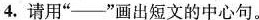
4.请用”—”画出短文的中心句。